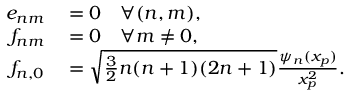
\begin{array} { r l } { e _ { n m } } & { { } = 0 \quad \forall ( n , m ) , } \\ { f _ { n m } } & { { } = 0 \quad \forall m \neq 0 , } \\ { f _ { n , 0 } } & { { } = \sqrt { \frac { 3 } { 2 } n ( n + 1 ) ( 2 n + 1 ) } \frac { \psi _ { n } ( x _ { p } ) } { x _ { p } ^ { 2 } } . } \end{array}